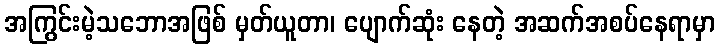
အကြွင်းမဲ့သဘောအဖြစ် မှတ်ယူတာ၊ ပျောက်ဆုံး နေတဲ့ အဆက်အစပ်နေရာမှာ